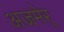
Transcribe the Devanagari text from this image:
अजमेर्